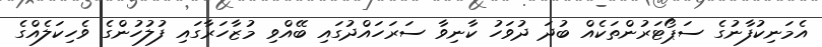
އެމަނިކުފާނުގެ ސަޕޯޓަރުންތަކެއް ބުދަ ދުވަހު ކާނިވާ ސަރަހައްދުގައި ބޭއްވި މުޒާހަރާގައިި ފުލުހުންގެެ ވެހިކަލެއްގެ